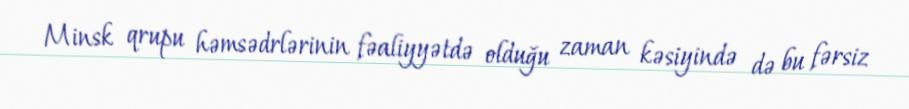
Minsk qrupu həmsədrlərinin fəaliyyətdə olduğu zaman kəsiyində də bu fərsiz